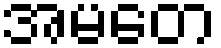
အမတေ